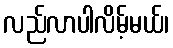
လည်လာပါလိမ့်မယ်၊